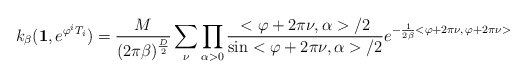
\begin{align*}k_{\beta}(\mbox{\bf 1}, e^{\varphi^iT_i})= \frac{M}{(2\pi\beta)^{\frac{D}{2}}}\sum_{\nu}\prod_{\alpha>0}\frac{<\varphi+2\pi\nu,\alpha>/2} {\sin <\varphi+2\pi\nu,\alpha>/2}e^{-\frac{1}{2\beta}<\varphi+2\pi\nu,\,\varphi+2\pi\nu>}\end{align*}